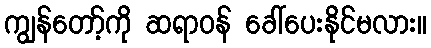
ကျွန်တော့်ကို ဆရာဝန် ခေါ်ပေးနိုင်မလား။